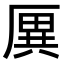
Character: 𠪙